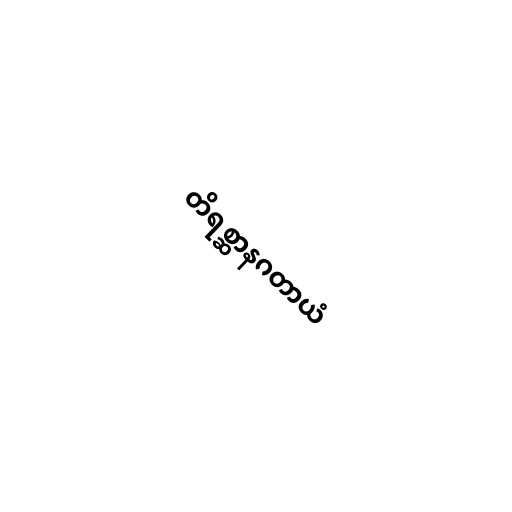
တိရစ္ဆာနဂတာယံ